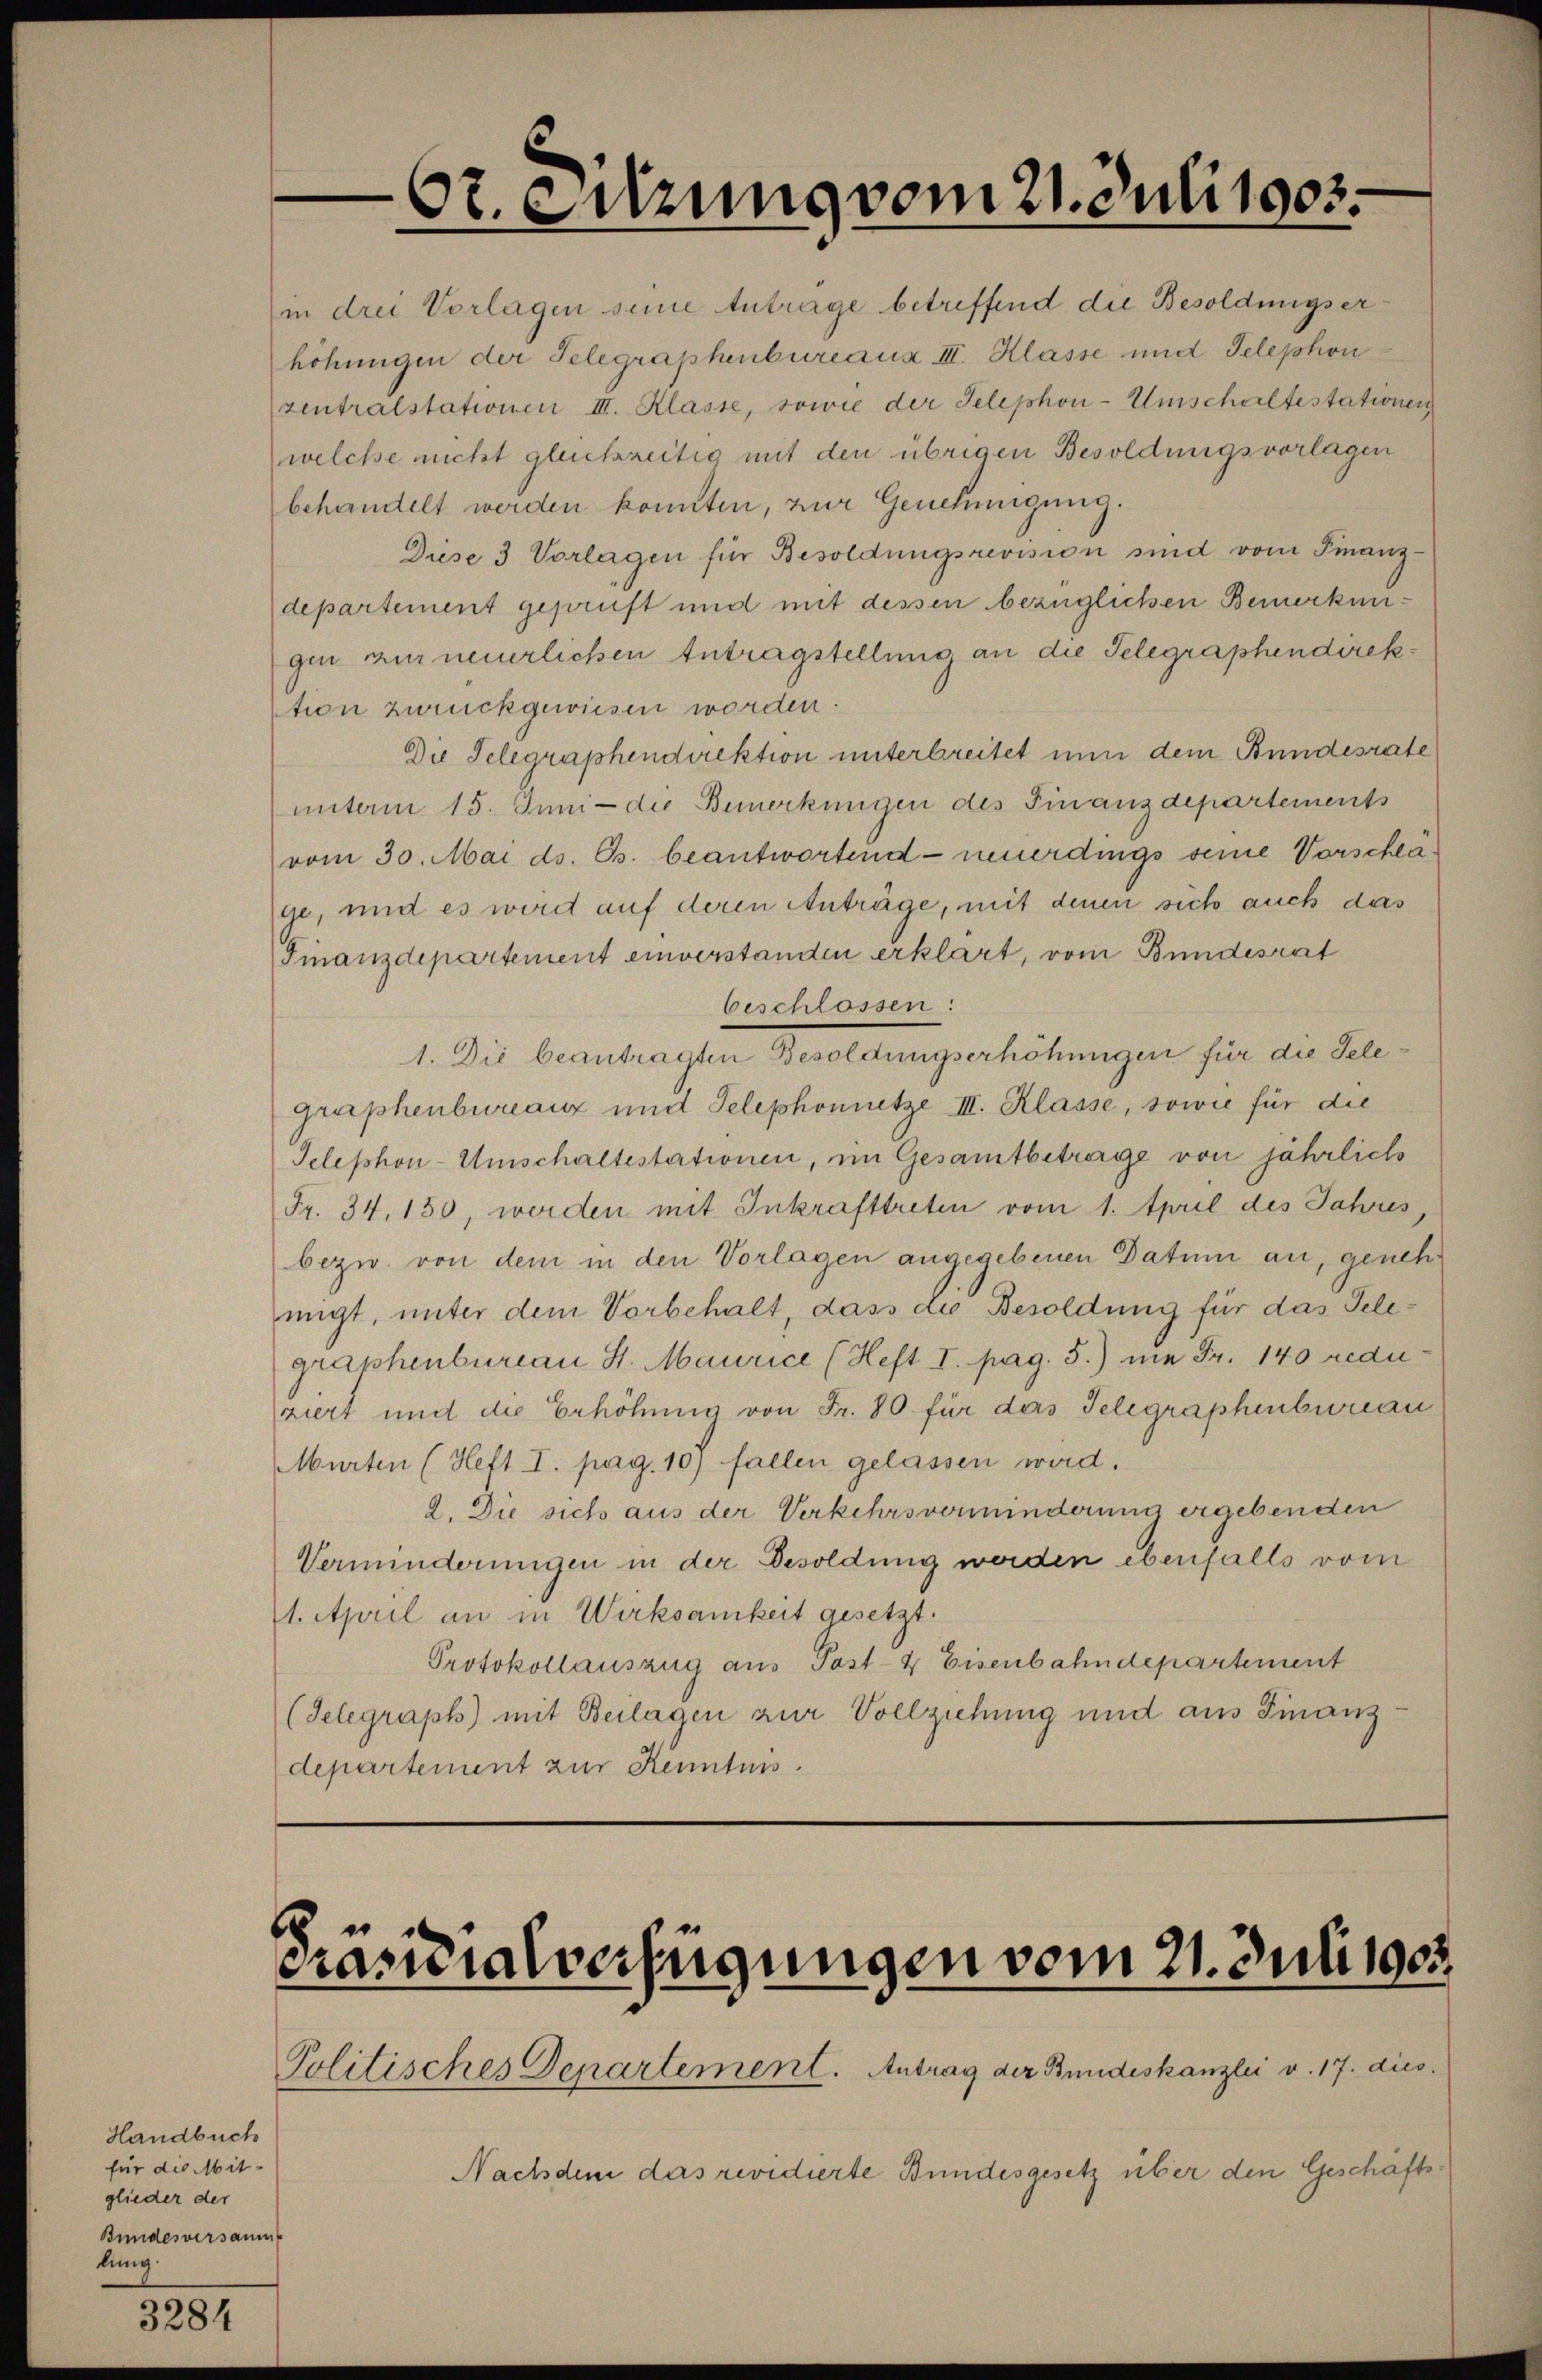
Handbuch
für die Mitglieder der
Bundesversammt
lung.

3284

Ot. Sitzung vom 21. Juli 1903.

in drei Vorlagen seine Antrage betreffend die Besoldungserhöhungen der Telegraphenbureaux III. Klasse und Telephon
zentralstationen III. Klasse, sowie der Telephon-Umschaltestationen
welche nicht gleichzeitig mit den übrigen Besoldungsvorlagen
behandelt werden konnten, zur Genehmigung.
Diese 3 Vorlagen für Besoldungsrevision sind vom Finanz-
departement geprüft und mit dessen bezüglichen Bemerkungen zur neuerlichen Antragstellung an die Telegraphendirektion zurückgewiesen worden.
Die Telegraphendirektion unterbreitet nun dem Bundesrate
unterm 15. Juni - die Bemerkungen des Finanzdepartements
vom 30. Mai ds. Gs. beantwortend neuerdings seine Vorschläge, und es wird auf deren Anträge, mit denen sich auch das
Finanzdepartement einverstanden erklärt, vom Bundesrat
Oeschlossen:
1. Die beantragten Besoldungserhöhungen für die Telegraphenbureaux und Telephonnetze III. Klasse, sowie für die
Telephon-Umschaltestationen, im Gesamtbetrage von jährlich
Fr. 34, 150, werden mit Inkrafttreten vom 1. April des Jahres,
bezw. von dem in den Vorlagen angegebenen Datum an, genehmigt, unter dem Vorbehalt, dass die Besoldung für das Telegraphenbureau St. Maurice (Heft I. pag. 5.) die Fr. 140 redu
ziert und die Erhöhung von Fr. 80 für das Telegraphenberau
Murten (Heft I. pag. 10) fallen gelassen wird.
2. Die sich aus der Verkehrsverminderung ergebenden
Verminderungen in der Besoldung werden ebenfalls vom
1. April an in Wirksamkeit gesetzt.
Protokollauszug aus Post- & Eisenbahndepartement
(Telegraph) mit Beilagen zur Vollziehung und aus Finanzdepartement zur Kenntnis.

Krancialverfügungen vom 21. Juli 1905.

Politisches Departement. Antrag der Bundeskanzlei v. 17. dies
Nachdem das revidierte Bundesgesetz über den Geschäfts¬